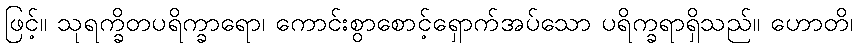
ဖြင့်။ သုရက္ခိတပရိက္ခာရော၊ ကောင်းစွာစောင့်ရှောက်အပ်သော ပရိက္ခရာရှိသည်။ ဟောတိ၊